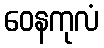
ဝေနကုလံ